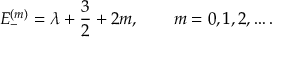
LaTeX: E _ { - } ^ { ( m ) } = \lambda + { \frac { 3 } { 2 } } + 2 m , \qquad m = 0 , 1 , 2 , \ldots .